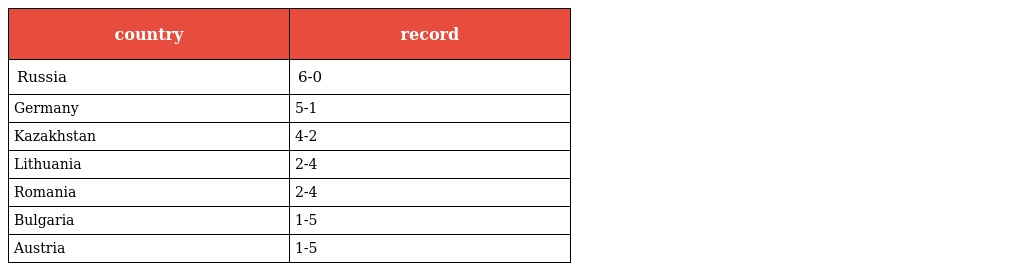
| country | record |
 | --- | --- |
 | Russia | 6-0 |
 | Germany | 5-1 |
 | Kazakhstan | 4-2 |
 | Lithuania | 2-4 |
 | Romania | 2-4 |
 | Bulgaria | 1-5 |
 | Austria | 1-5 |